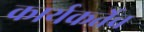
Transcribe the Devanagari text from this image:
कार्यकर्तेच